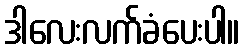
ဒါလေးလက်ခံပေးပါ။